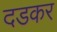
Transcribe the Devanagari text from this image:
दडकर